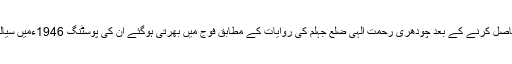
گریجوایشن تک تعلیم حاصل کرنے کے بعد چودھری رحمت الٰہی ضلع جہلم کی روایات کے مطابق فوج میں بھرتی ہوگئے ان کی پوسٹنگ 1946ءمیں سیالکوٹ چھاﺅنی میں تھی۔